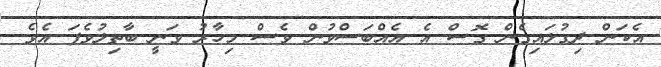
އެކަން ދިގުލައިގެން ގޮސް އެ އެއްބަސްވުން ވެސް މިހާރު ވަނީ ބާތިލުވެފަ އެވެ.